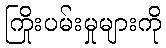
ကြိုးပမ်းမှုများကို